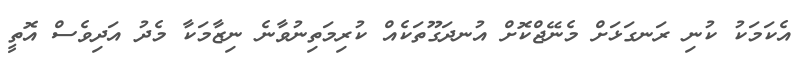
އެކަމަކު ކުނި ރަނގަޅަށް މެނޭޖްކޮށް އުނދަގޫތަކެއް ކުރިމަތިނުވާނެ ނިޒާމަކާ މެދު އަދިވެސް އޮތީ